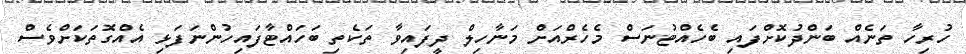
ހުރިހާ ތަނެއް ބަންދުކޮށްފައި ބެހެއްޓުނަސް މެހެރްއަށް މަނާހިލް ދީފައިވާ ތަކެތި ބަހައްޓާފައިހުންނަފަޅި އެއްގޮތަކަށްވެސް